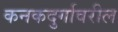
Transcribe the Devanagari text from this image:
कनकदुर्गावरील